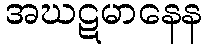
အဃဋမာနေန